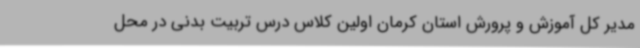
مدیر کل آموزش و پرورش استان کرمان اولین کلاس درس تربیت بدنی در محل